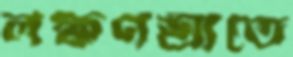
লক্ষণশ্রীতে